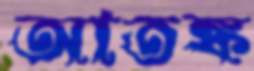
আতঙ্ক